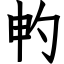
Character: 畃